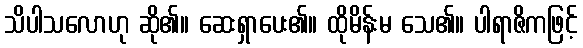
သိပါသလောဟု ဆို၏။ ဆေးရှာပေး၏။ ထိုမိန်းမ သေ၏။ ပါရာဇိကဖြင့်